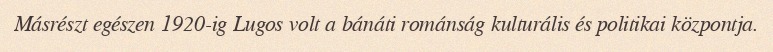
Másrészt egészen 1920-ig Lugos volt a bánáti románság kulturális és politikai központja.